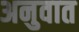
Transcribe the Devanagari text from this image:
अनुवात